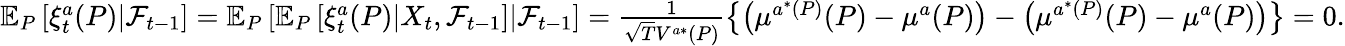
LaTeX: \begin{array}{r}{\mathbb{E}_{P}\left[\xi_{t}^{a}(P)|\mathcal{F}_{t-1}\right]=\mathbb{E}_{P}\left[\mathbb{E}_{P}\left[\xi_{t}^{a}(P)|X_{t},\mathcal{F}_{t-1}\right]|\mathcal{F}_{t-1}\right]=\frac{1}{\sqrt{T}V^{a*}(P)}\left\{ \left(\mu^{a^{*}(P)}(P)-\mu^{a}(P)\right)-\left(\mu^{a^{*}(P)}(P)-\mu^{a}(P)\right)\right\} =0.}\end{array}